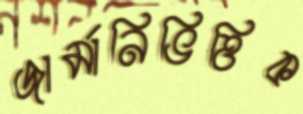
জার্মানিভিত্তিক